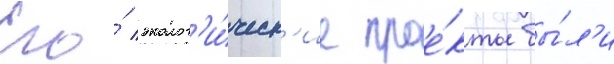
Его́ эколог'и́ческ'ие прое́кты бы́л'и